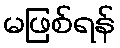
မဖြစ်ရန်